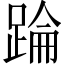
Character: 踚